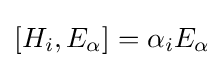
[H_{i},E_{\alpha }]=\alpha _{i}E_{\alpha }